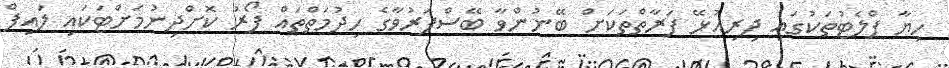
ހިޔާ ފްލެޓުތަކުގައި ދިރިއުޅޭ ފަރާތްތަކަަށް ބޭނުންވާ ބޭސްފަރުވާގެ ހިދުމަތްތައް ފޯރު ކޮށްދިނުމަށްޓަކައި ލައިފް